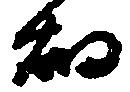
畑